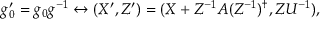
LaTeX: g _ { 0 } ^ { \prime } = g _ { 0 } g ^ { - 1 } \leftrightarrow ( X ^ { \prime } , Z ^ { \prime } ) = ( X + Z ^ { - 1 } A ( Z ^ { - 1 } ) ^ { \dagger } , Z U ^ { - 1 } ) ,